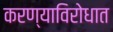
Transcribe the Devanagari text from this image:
करण्याविरोधात